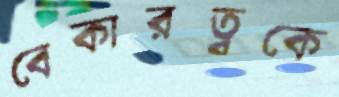
বেকারত্বকে